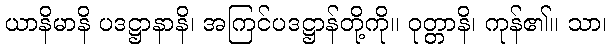
ယာနိမာနိ ပဒဋ္ဌာနာနိ၊ အကြင်ပဒဋ္ဌာန်တို့ကို။ ဝုတ္တာနိ၊ ကုန်၏။ သာ၊